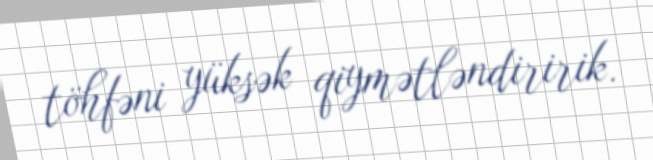
töhfəni yüksək qiymətləndiririk.